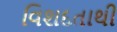
વિશદતાથી